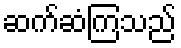
ဆက်ဆံကြသည်